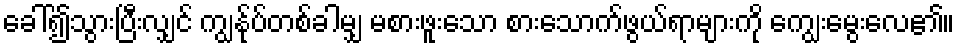
ခေါ်၍သွားပြီးလျှင် ကျွန်ုပ်တစ်ခါမျှ မစားဖူးသော စားသောက်ဖွယ်ရာများကို ကျွေးမွေးလေ၏။